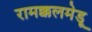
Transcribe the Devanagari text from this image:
रामक्कलमेडू